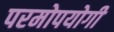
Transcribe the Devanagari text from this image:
परमोपयोगी